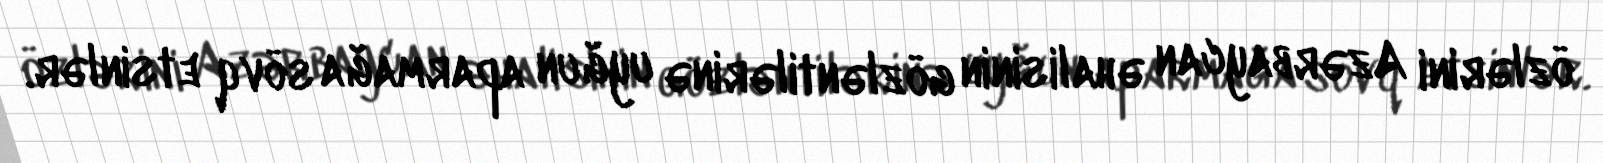
özlərini Azərbaycan əhalisinin gözləntilərinə uyğun aparmağa sövq etsinlər.